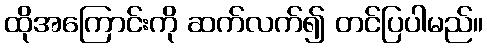
ထိုအကြောင်းကို ဆက်လက်၍ တင်ပြပါမည်။